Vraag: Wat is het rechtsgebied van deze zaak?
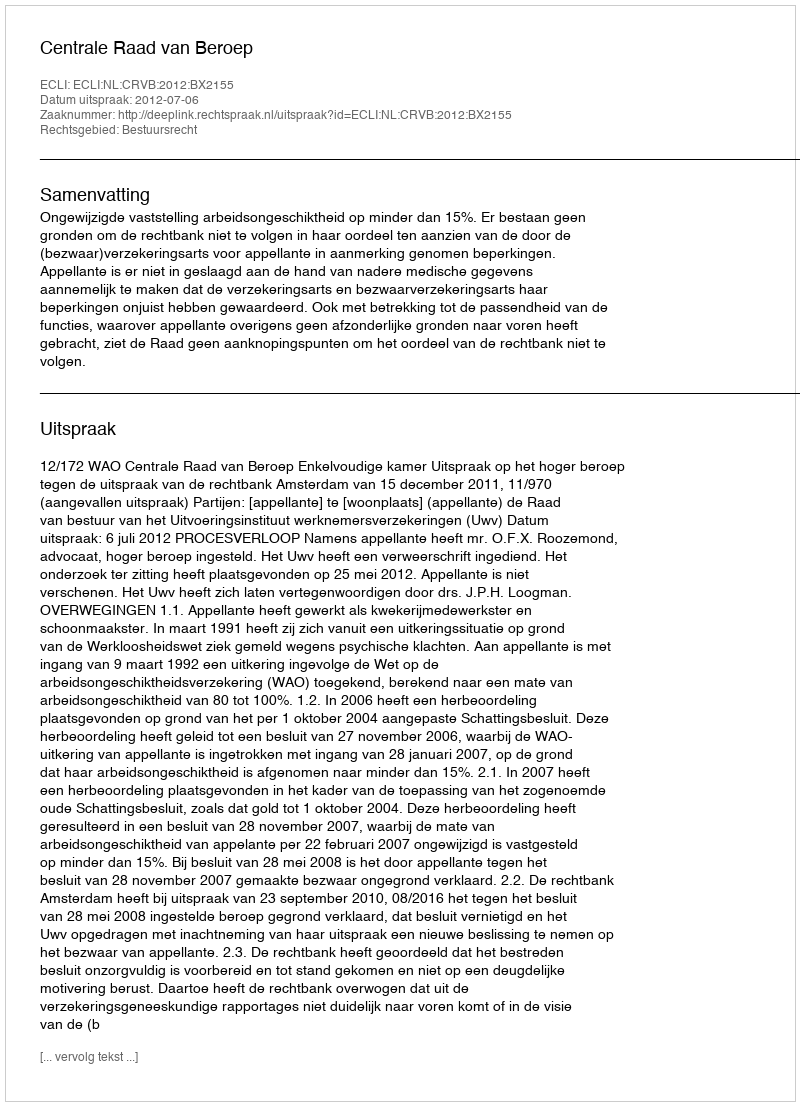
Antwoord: Bestuursrecht